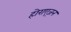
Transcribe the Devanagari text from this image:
होराएज़न